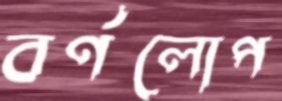
বর্ণলোপ